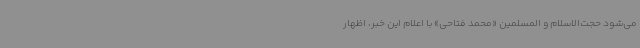
می‌شود حجت‌الاسلام و المسلمین «محمد فتاحی» با اعلام این خبر، اظهار